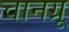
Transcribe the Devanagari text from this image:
चानग्रू